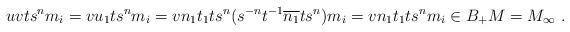
LaTeX: \begin{align*}uvts^nm_i=vu_1ts^nm_i=vn_1t_1ts^n(s^{-n}t^{-1}\overline{n_1}ts^n)m_i=vn_1t_1ts^nm_i\in B_+M=M_\infty\ .\end{align*}